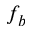
f _ { b }